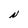
Character: N